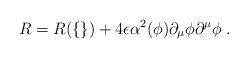
\begin{align*}R = R(\{\}) + 4\epsilon \alpha^2(\phi)\partial_{\mu} \phi \partial^{\mu} \phi \; . \end{align*}